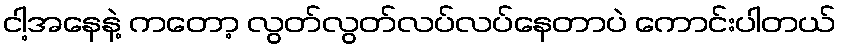
ငါ့အနေနဲ့ ကတော့ လွတ်လွတ်လပ်လပ်နေတာပဲ ကောင်းပါတယ်